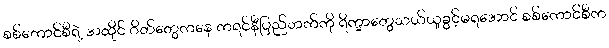
စစ်ကောင်စီရဲ့ အထိုင် ဂိတ်တွေကနေ ကရင်နီပြည်ဘက်ကို ရိက္ခာတွေသယ်ယူခွင့်မရအောင် စစ်ကောင်စီက